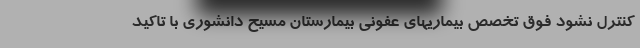
کنترل نشود فوق تخصص بیماریهای عفونی بیمارستان مسیح دانشوری با تاکید